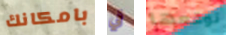
بامكانك في توقعها